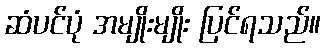
ဆံပင်ပုံ အမျိုးမျိုး ပြင်ရသည်။